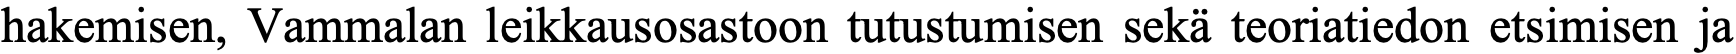
hakemisen, Vammalan leikkausosastoon tutustumisen sekä teoriatiedon etsimisen ja